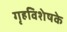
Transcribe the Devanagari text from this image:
गृहविशेषके